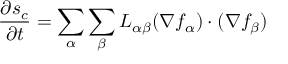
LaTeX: { \frac { \partial s _ { c } } { \partial t } } = \sum _ { \alpha } \sum _ { \beta } L _ { \alpha \beta } ( \nabla f _ { \alpha } ) \cdot ( \nabla f _ { \beta } )